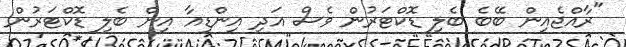
"ރާއްޖެއިން ބޭބެ ބެލި ޑޮކްޓަރުން ވެސް އަދި އިންޑިއާ އިން ބެލި ޑޮކްޓަރުން